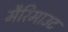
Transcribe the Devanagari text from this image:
मैरिमाउट